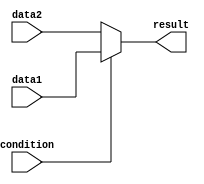
module ternary_operator_example (
    input wire condition,
    input wire data1,
    input wire data2,
    output reg result
);

always @* begin
    result = (condition) ? data1 : data2;
end

endmodule